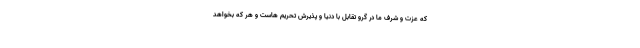
که عزت و شرف ما در گرو تقابل با دنیا و پذیرش تحریم هاست و هر که بخواهد